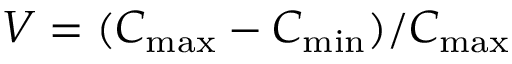
V = ( C _ { \mathrm { m a x } } - C _ { \mathrm { m i n } } ) / C _ { \mathrm { m a x } }